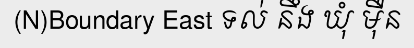
(N)Boundary East ទល់ នឹង ឃុំ ម៉ឺន